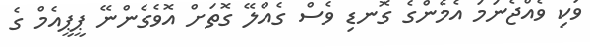
ވަކި ވެއްޖެނަމަ އެމެންގެ ގޮނޑި ވެސް ގެއްލޭ ގޮތަށް އޮވެގެންނޭ ޕީޕީއެމް ގެ